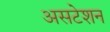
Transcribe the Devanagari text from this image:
असटेशन